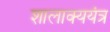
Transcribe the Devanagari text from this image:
शालाक्ययंत्र